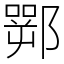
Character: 䣞